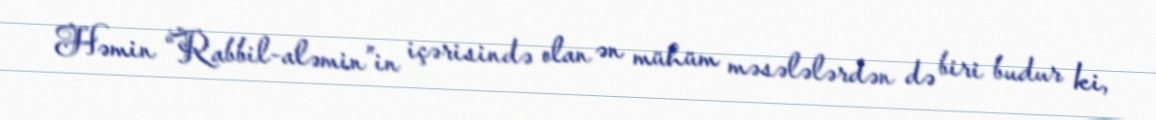
Həmin “Rabbil-aləmin”in içərisində olan ən mühüm məsələlərdən də biri budur ki,